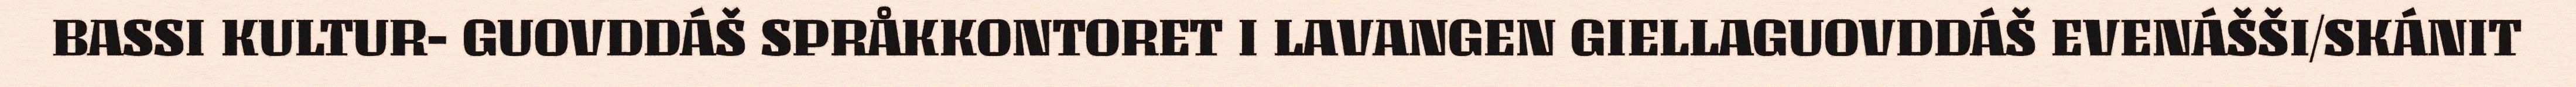
BASSI KULTUR- GUOVDDÁŠ SPRÅKKONTORET I LAVANGEN GIELLAGUOVDDÁŠ EVENÁŠŠI/SKÁNIT